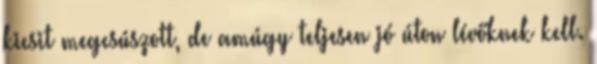
kicsit megcsúszott, de amúgy teljesen jó úton lévőknek kell.